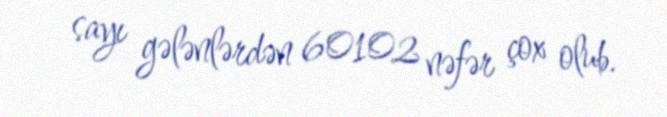
sayı gələnlərdən 60102 nəfər çox olub.